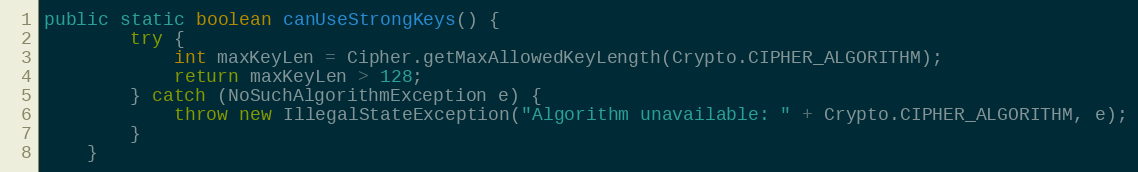
Language: Java
public static boolean canUseStrongKeys() {
        try {
            int maxKeyLen = Cipher.getMaxAllowedKeyLength(Crypto.CIPHER_ALGORITHM);
            return maxKeyLen > 128;
        } catch (NoSuchAlgorithmException e) {
            throw new IllegalStateException("Algorithm unavailable: " + Crypto.CIPHER_ALGORITHM, e);
        }
    }